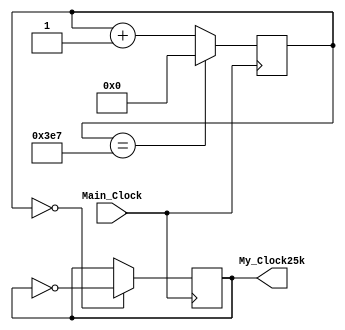
`timescale 1ns / 1ps
//////////////////////////////////////////////////////////////////////////////////
// Company: 
// Engineer: 
// 
// Design Name: 
// Module Name: Fifty_kHz
// Project Name: 
// Target Devices: 
// Tool Versions: 
// Description: 
// 
// Dependencies: 
// 
// Revision:
// Revision 0.01 - File Created
// Additional Comments:
// 
//////////////////////////////////////////////////////////////////////////////////


module Twentyfive_kHz(
    input Main_Clock,
    output reg My_Clock25k = 0
);
    
reg [31:0] COUNT25k = 31'd0;
        
always @(posedge Main_Clock)
    begin
    
    COUNT25k <= (COUNT25k == 999) ? 0 : COUNT25k + 1;
    My_Clock25k <= (COUNT25k == 0) ? ~My_Clock25k : My_Clock25k;
    end
       
endmodule